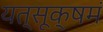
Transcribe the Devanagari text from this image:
यत्सूक्षमं